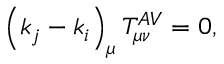
\left( k _ { j } - k _ { i } \right) _ { \mu } T _ { \mu \nu } ^ { A V } = 0 ,